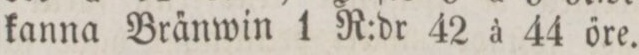
kanna Bra̋nwin 1 R:dr 42 à 44 őre.